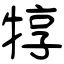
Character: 犉